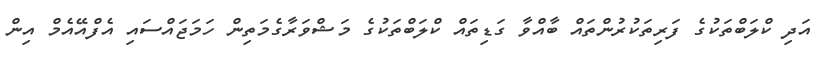
އަދި ކްލަބްތަކުގެ ފަރިތަކުރުންތައް ބާއްވާ ގަޑިތައް ކްލަބްތަކުގެ މަޝްވަރާގެމަތިން ހަމަޖައްސައި އެފްއޭއެމް އިން